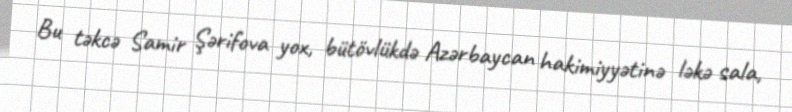
Bu təkcə Samir Şərifova yox, bütövlükdə Azərbaycan hakimiyyətinə ləkə sala,